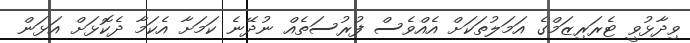
ވިދާޅުވީ ޓެރަރިޒަމްގެ އަމަލުތަކަށް އެއްވެސް ފުރުސަތެއް ނުދޭނެ ކަމަށާ އެކަމާ ދެކޮޅަށް އަޅަން